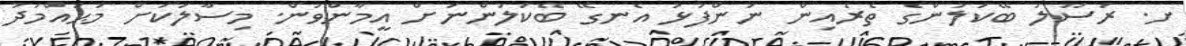
ށ. ރަސޫލު ބޭކަލުންގެ ތެރެއިން ނަންފުޅު އެނގޭ ބޭކަލުންނަށް އީމާންވުން. މިސާލަކަށް މުޙައްމަދު